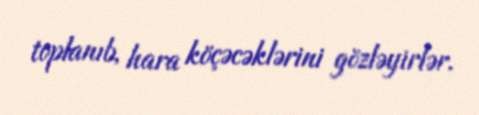
toplanıb, hara köçəcəklərini gözləyirlər.